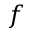
\* f